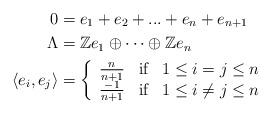
LaTeX: \begin{align*}0 &= e_1+e_2+...+e_n+e_{n+1}\\\Lambda &=\mathbb{Z}e_1\oplus\cdots\oplus\mathbb{Z}e_n\\\left\langle e_i, e_j \right\rangle &= \left\{ \begin{array}{lll} \frac{n}{n+1} &\mbox{if}& 1\leq i=j\leq n\\ \frac{-1}{n+1} &\mbox{if}& 1\leq i\neq j\leq n\end{array}\right.\end{align*}